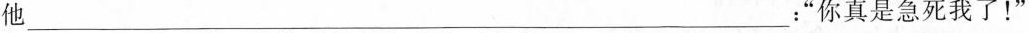
他___：”你真是急死我了！”